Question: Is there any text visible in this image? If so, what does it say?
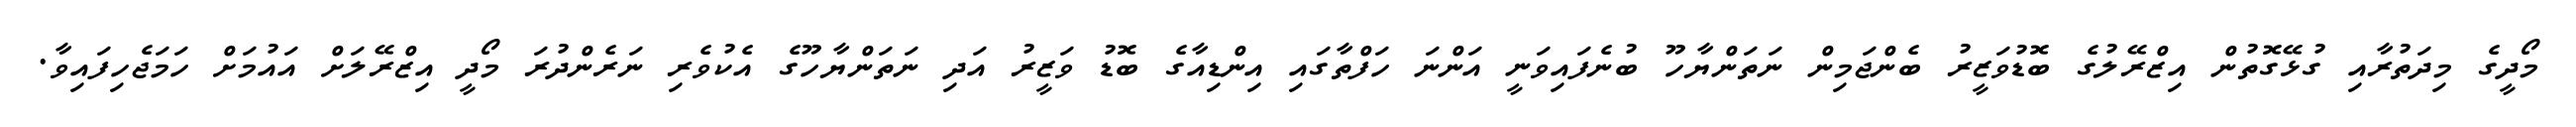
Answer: މޯދީގެ މިދަތުރާއި ގުޅޭގޮތުން އިޒްރޭލުގެ ބޮޑުވަޒީރު ބެންޖަމިން ނަތަންޔާހޫ ބުނެފައިވަނީ އަންނަ ހަފްތާގައި އިންޑިއާގެ ބޮޑު ވަޒީރު އަދި ނަތަންޔާހޫގެ އެކުވެރި ނަރެންދުރަ މޯދީ އިޒްރޭލަށް އައުމަށް ހަމަޖެހިފައިވާ.